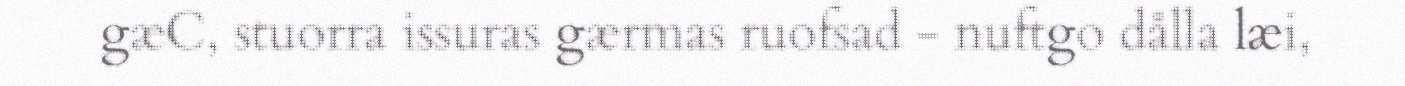
gæC, stuorra issuras gærmas ruofsad - nuftgo dålla læi,